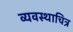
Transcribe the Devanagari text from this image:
व्यवस्थाचित्र